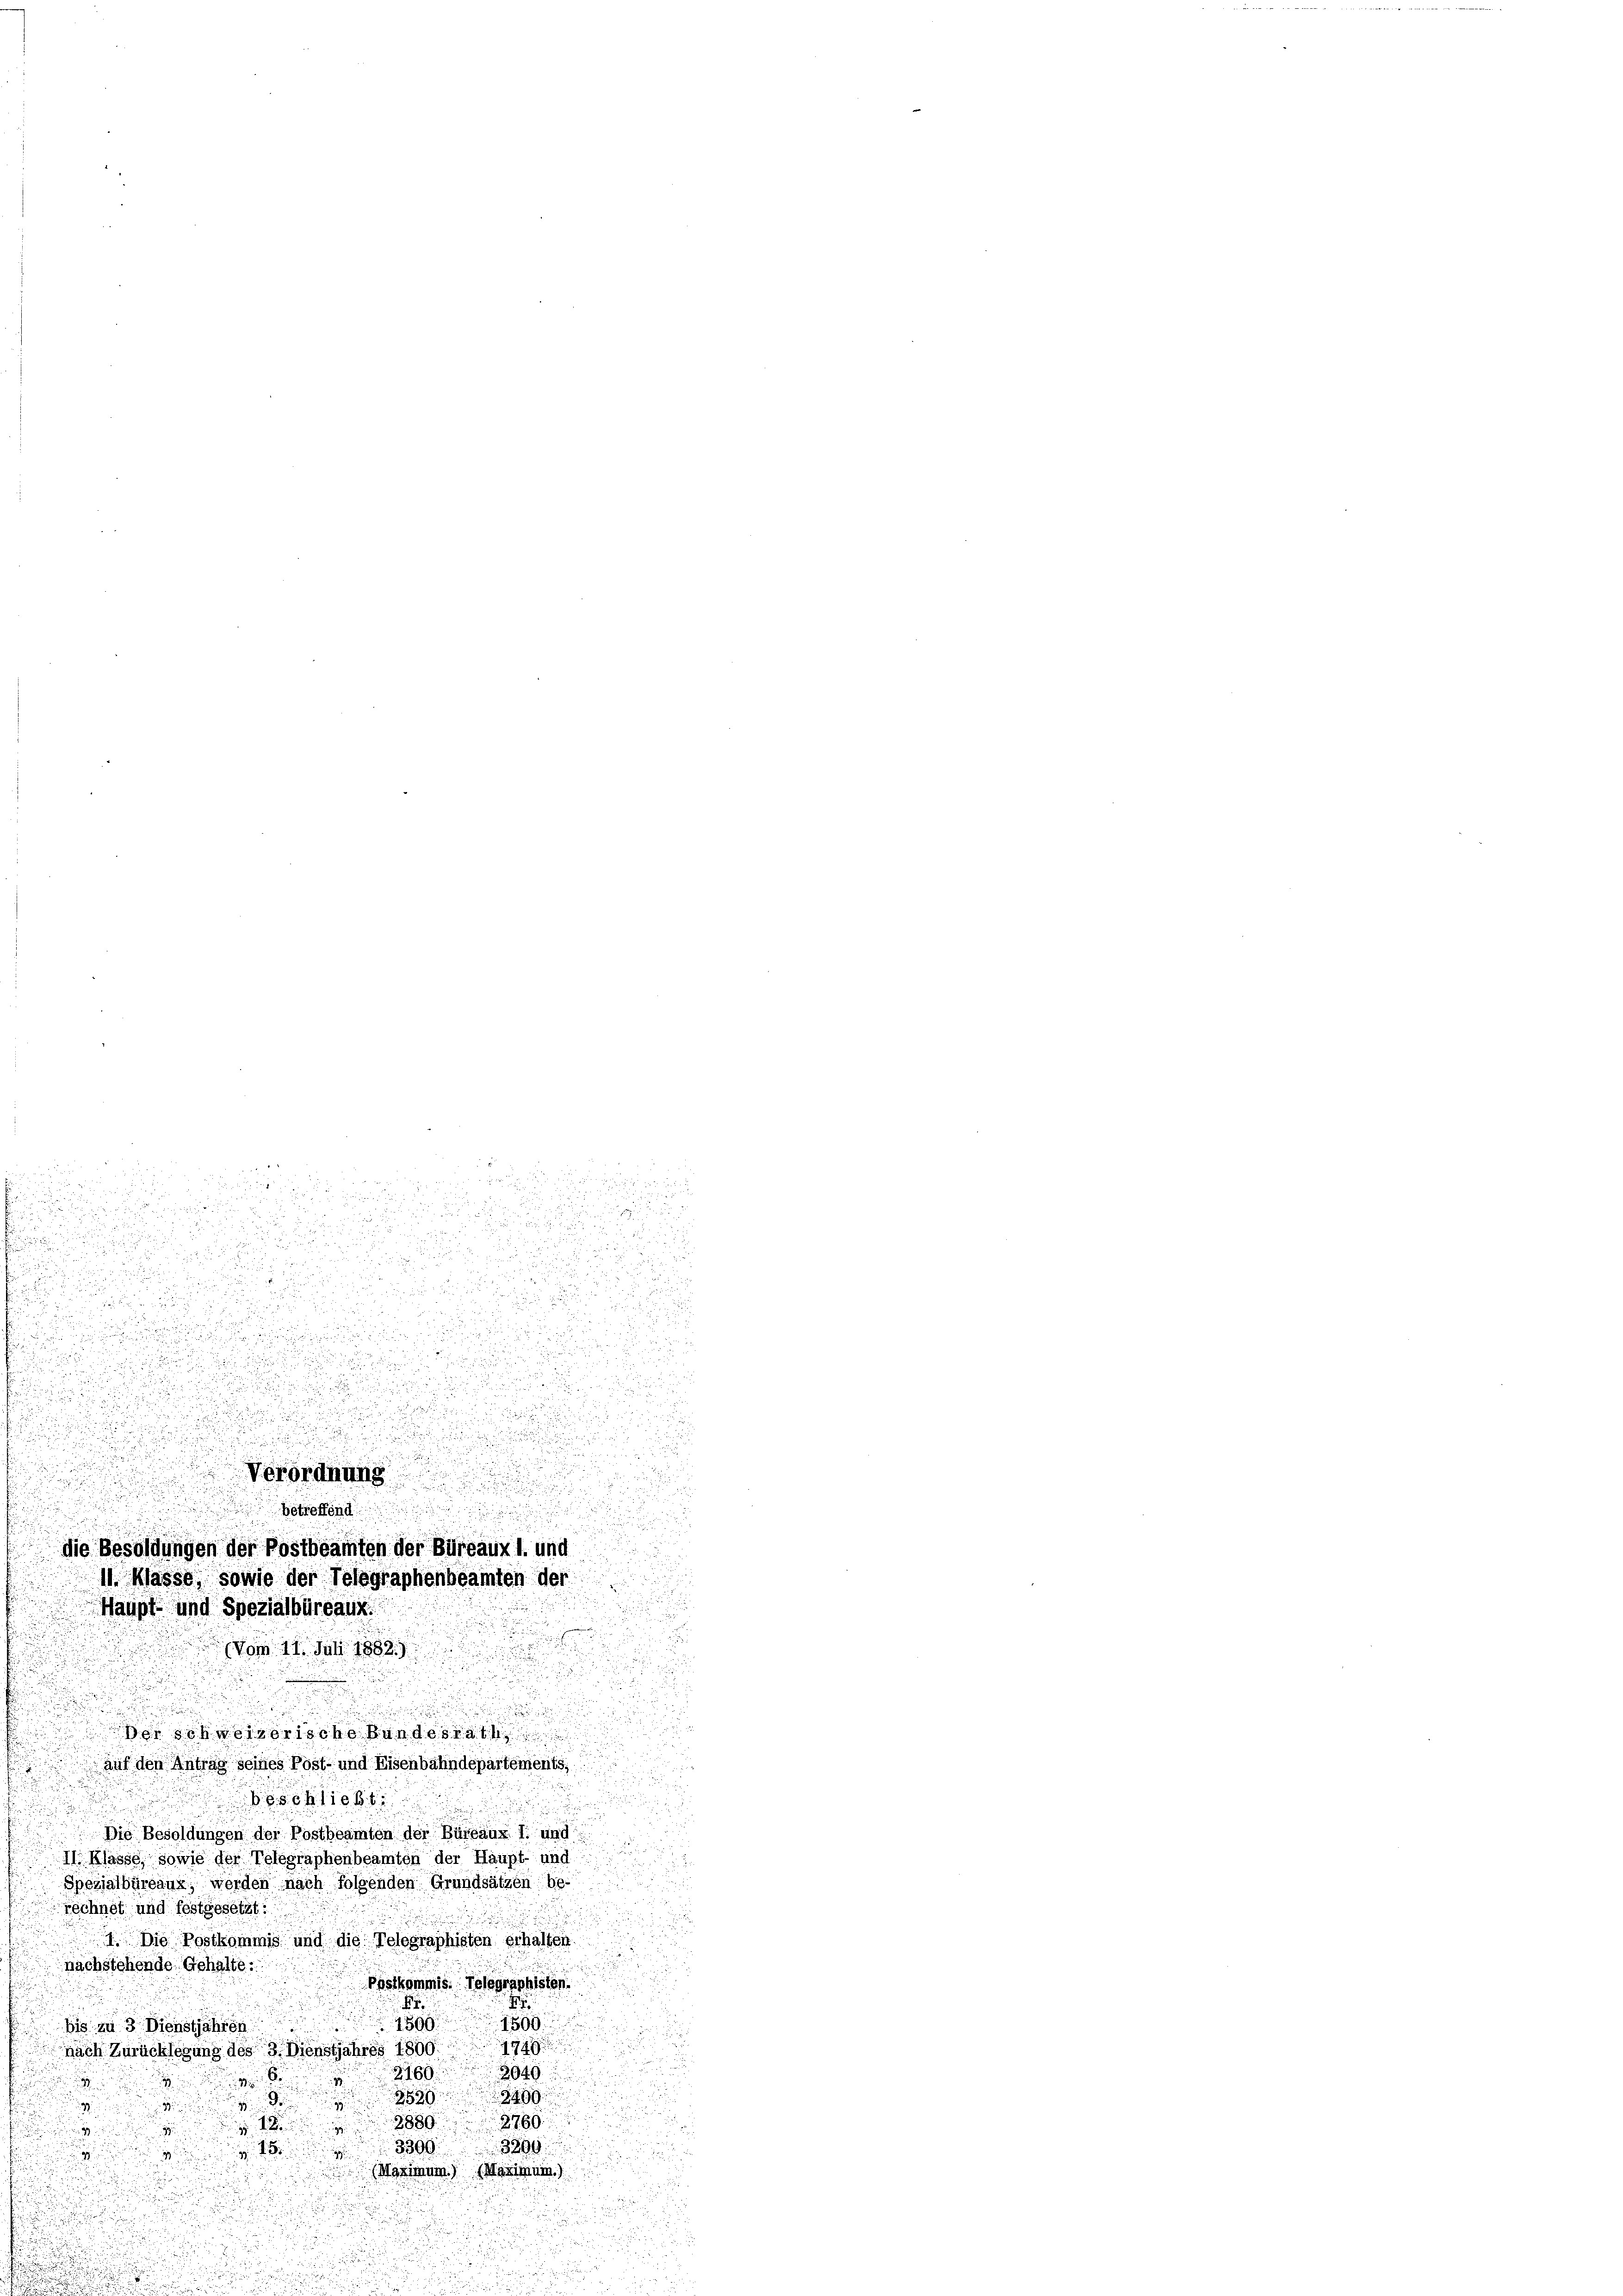
.

u

u

¬
22

un

Verordnung
u
d
betreffend
n
die Besoldungen der Postbeamten der Büreaux l. und
11. Klasse, sowie der Telegraphenbeamten der
Haupt- und Spezialbüreaux.
vom 11. Juli 1882
Schweizerische Bundesrath

u
1

d
d

2

.
i

u

d
n
e.

n
n

auf den Antrag seines Post- und Eisenbahndepartements,
doschicht

 Die Besoldungen der Postbeamten der Büreaux I. und
II. Klasse, sowie der Telegraphenbeamten der Haupt- und
Spezialbüreaux, werden nach folgenden Grundsätzen be-
rechnet und festgesetzt:
1. Die Postkommis und die Telegraphisten erhalten.
nachstehende Gehalte.
Postkommis Telegraphiston.
g
.

1899 1500
bis zu 3 Dienstjahren
nach Zurücklegung des 3. Dienstjahres 1809. 1949
3040
2160.
B
.
2409.
539

3
n
3889.
2769
12

3399
3890
15
.
(Wasimum. Marian.)

u
E

.

d

i